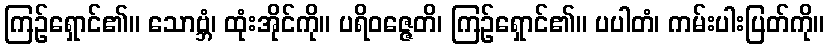
ကြဉ်ရှောင်၏။ သောဗ္ဘံ၊ ထုံးအိုင်ကို။ ပရိဝဇ္ဇေတိ၊ ကြဉ်ရှောင်၏။ ပပါတံ၊ ကမ်းပါးပြတ်ကို။